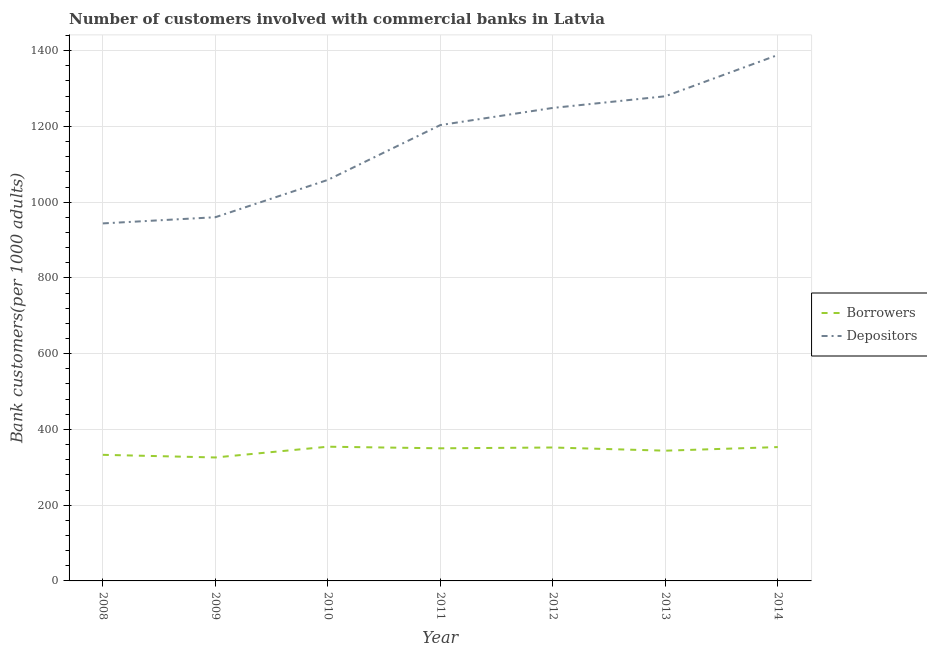
| Year | Borrowers | Depositors |
 | --- | --- | --- |
 | 2008 | 333 | 944 |
 | 2009 | 326 | 960 |
 | 2010 | 354 | 1.06e+03 |
 | 2011 | 350 | 1.2e+03 |
 | 2012 | 352 | 1.25e+03 |
 | 2013 | 344 | 1.28e+03 |
 | 2014 | 353 | 1.39e+03 |